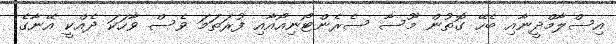
އިސްލާމްދީނާއި ބެހޭ ގޮތުން މޫސާ ސެރެންޓޯނިއޯއާއި ފުރަތަމަ ވެސް ވާހަކަ ދެއްކީ އޭނާގެ